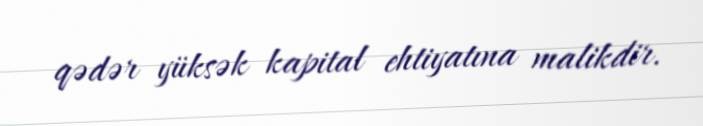
qədər yüksək kapital ehtiyatına malikdir.